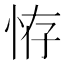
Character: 𢙨